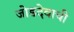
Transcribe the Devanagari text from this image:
जोडदेवाची